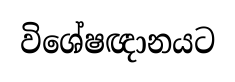
විශේෂඥානයට